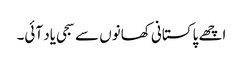
اچھے پاکستانی کھانوں سے سجی یاد آئی۔